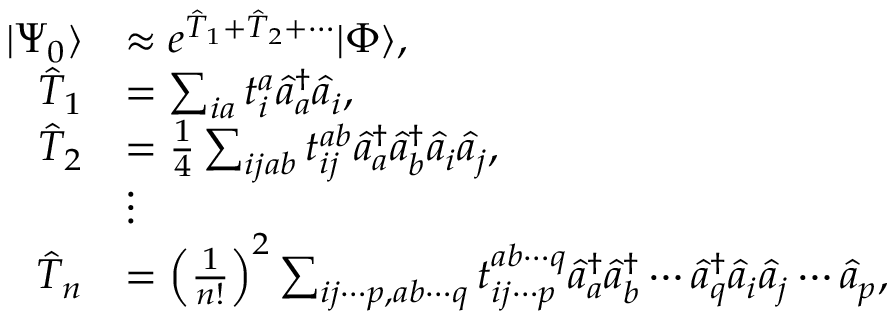
\begin{array} { r l } { | \Psi _ { 0 } \rangle } & { \approx e ^ { \hat { T } _ { 1 } + \hat { T } _ { 2 } + \cdots } | \Phi \rangle , } \\ { \hat { T } _ { 1 } } & { = \sum _ { i a } t _ { i } ^ { a } \hat { a } _ { a } ^ { \dagger } \hat { a } _ { i } , } \\ { \hat { T } _ { 2 } } & { = \frac { 1 } { 4 } \sum _ { i j a b } t _ { i j } ^ { a b } \hat { a } _ { a } ^ { \dagger } \hat { a } _ { b } ^ { \dagger } \hat { a } _ { i } \hat { a } _ { j } , } \\ & { \vdots } \\ { \hat { T } _ { n } } & { = \left( \frac { 1 } { n ! } \right) ^ { 2 } \sum _ { i j \cdots p , a b \cdots q } t _ { i j \cdots p } ^ { a b \cdots q } \hat { a } _ { a } ^ { \dagger } \hat { a } _ { b } ^ { \dagger } \cdots \hat { a } _ { q } ^ { \dagger } \hat { a } _ { i } \hat { a } _ { j } \cdots \hat { a } _ { p } , } \end{array}